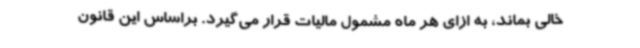
خالی بماند، به ازای هر ماه مشمول مالیات قرار می‌گیرد. براساس این قانون